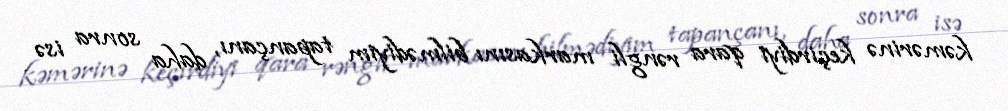
kəmərinə keçirdiyi qara rəngli markasını bilmədiyim tapançanı, daha sonra isə